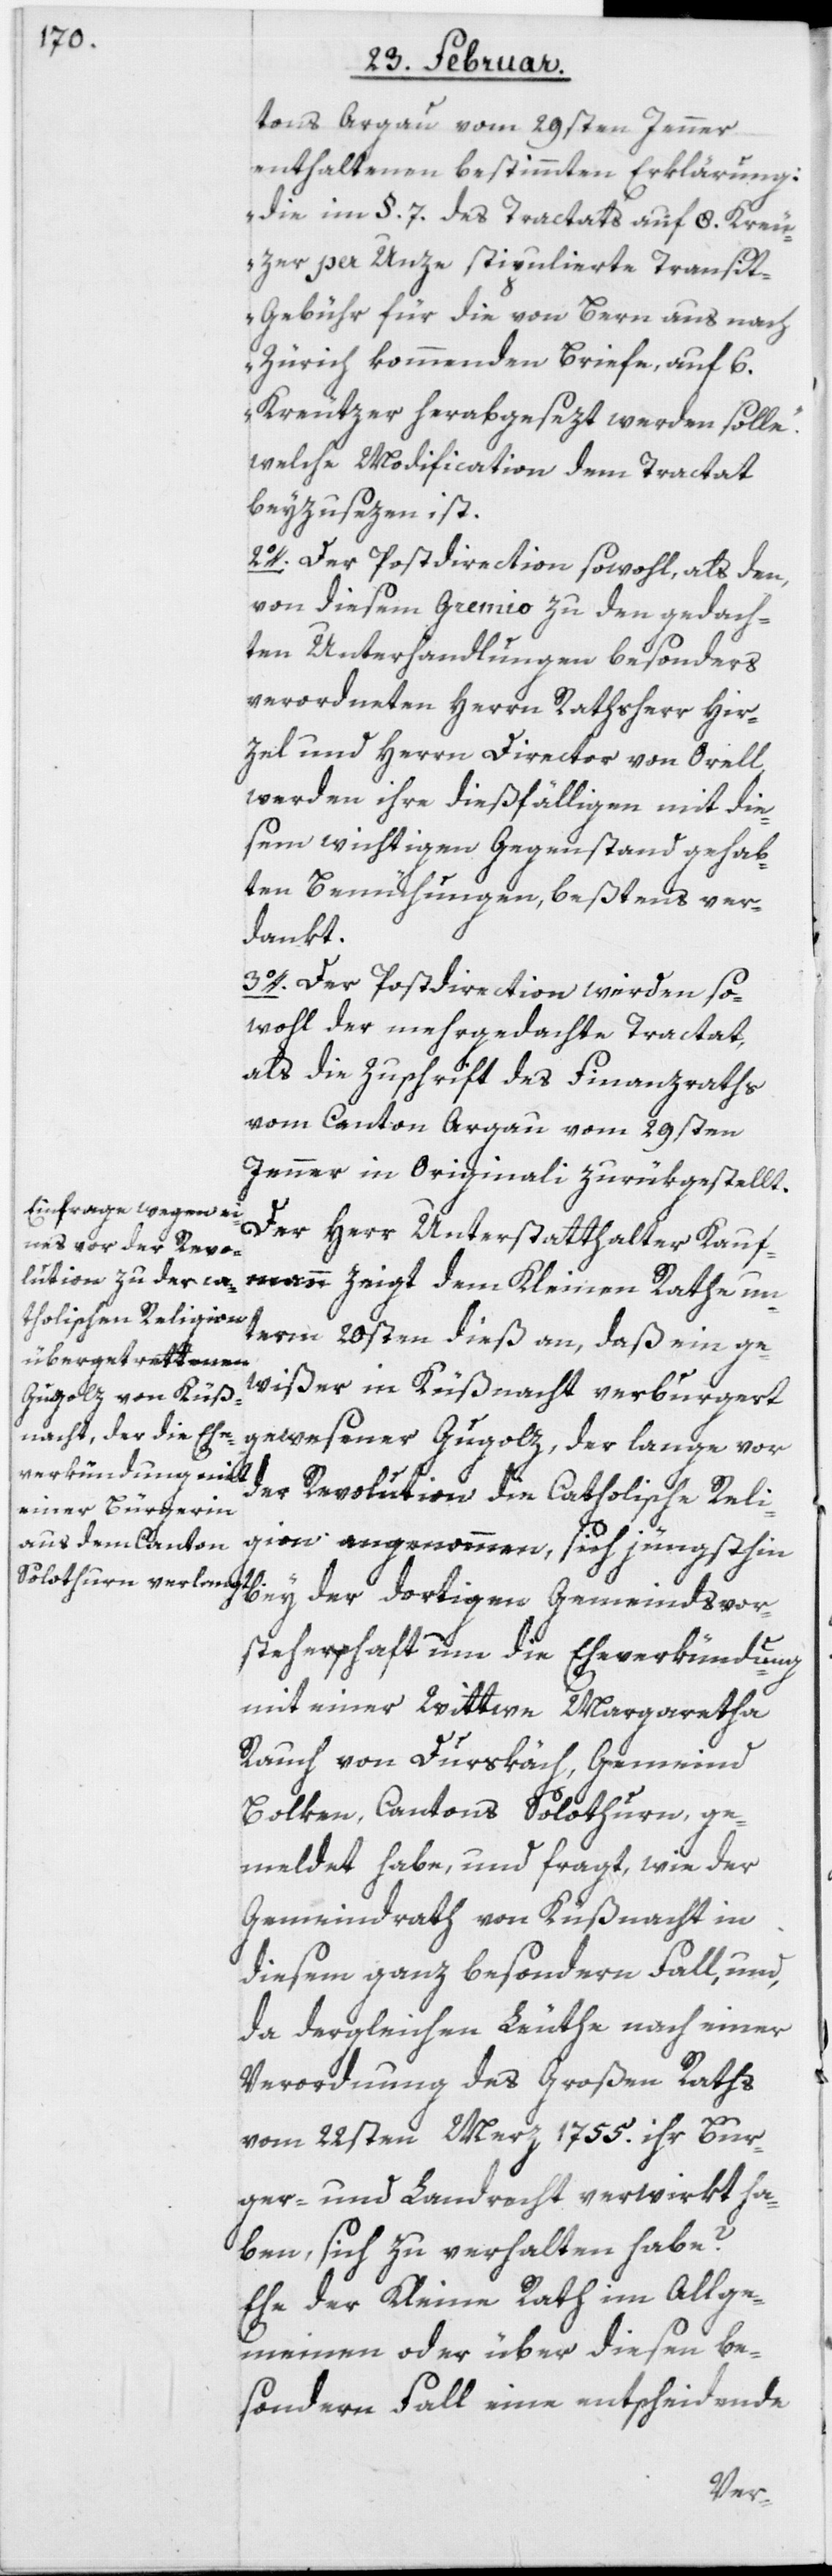
tons Argau vom 29sten Jenner
enthaltenen bestimmten Erklärung:
„die im §. 7. des Tractats auf 8. Kreu¬
zer per Unze stipulierte Transi¬
t-Gebühr für die von Bern aus nach
Zürich kommenden Briefe, auf 6.
Kreutzer herabgesezt werden solle“.
welche Modification dem Tractat
beyzusezen ist.
2o. Der Postdirection sowohl, als den,
von diesem Gremio zu den gedach¬
ten Unterhandlungen besonders
verordneten Herrn Rathsherr Hir¬
zel und Herrn Director von Orell,
werden ihre dießfälligen mit die¬
sem wichtigen Gegenstand gehab¬
ten Bemühungen, beßtens ver¬
dankt.
3o. Der Postdirection werden so¬
wohl der mehrgedachte Tractat,
als die Zuschrift des Finanzraths
vom Canton Argau vom 29sten
Jenner in Originali zurükgestellt.
Der Herr Unterstatthalter Kauf¬
mann zeigt dem Kleinen Rathe un¬
term 20sten dieß an, daß ein ge¬
wißer in Küßnacht verburgert
gewesener Gugolz, der lange vor
der Revolution die Catholische Reli¬
gion angenommen, sich jüngsthin
bey der dortigen Gemeindsvor¬
steherschaft um die Eheverkündung
mit einer Wittwe Margaretha
Rauch von Durskäch, Gemeind
Bolken, Cantons Solothurn, ge¬
meldet habe, und fragt, wie der
Gemeindrath von Küßnacht in
diesem ganz besondern Fall, und,
da dergleichen Leuthe nach einer
Verordnung des Großen Raths
vom 22sten Merz 1755. ihr Bur¬
ger- und Landrecht verwirkt ha¬
ben, sich zu verhalten habe?
Ehe der Kleine Rath im Allge¬
meinen oder über diesen be¬
sondern Fall eine entscheidende